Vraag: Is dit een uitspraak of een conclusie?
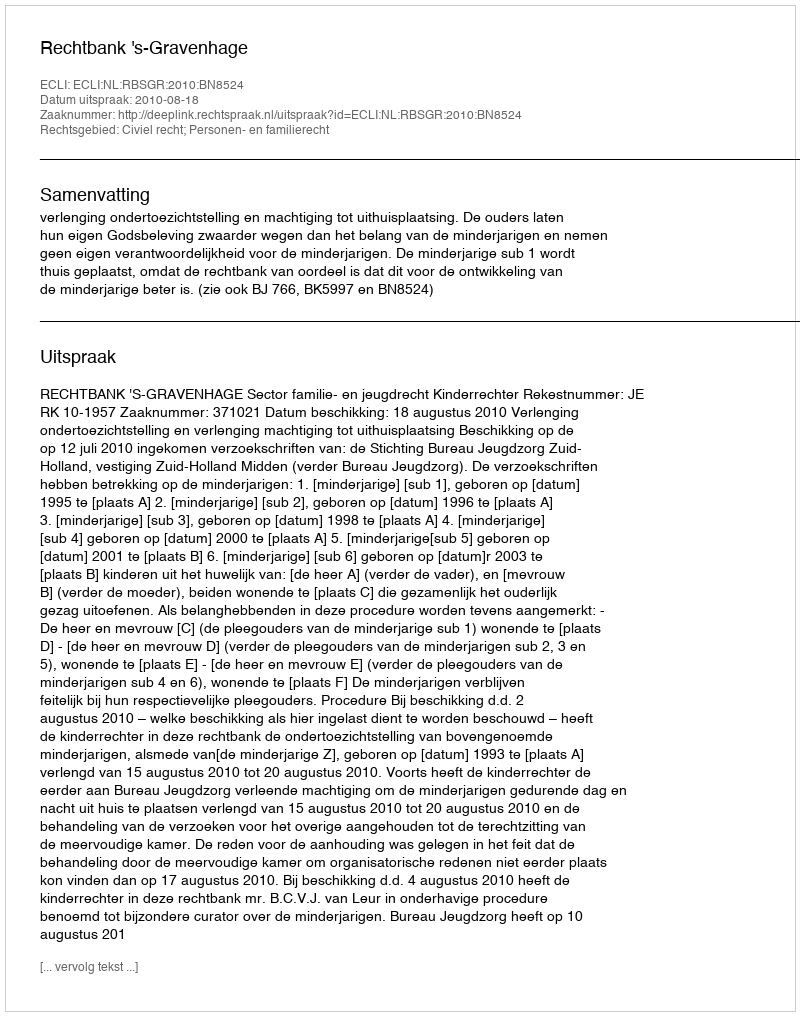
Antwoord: Uitspraak